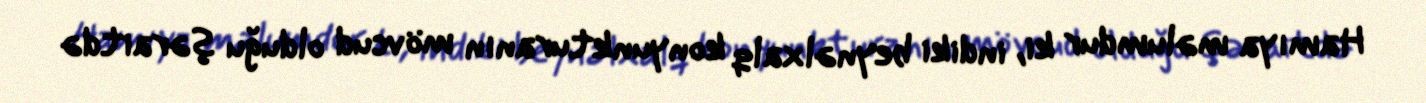
Hamıya məlumdur ki, indiki beynəlxalq konyunkturanın mövcud olduğu şəraitdə